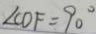
\angle C O F = 9 0 ^ { \circ }